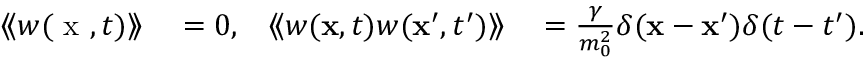
\begin{array} { r l r l } { \left\langle \! \left\langle w ( \textrm { x } , t ) \right\rangle \! \right\rangle } & { { } = 0 , } & { \left\langle \! \left\langle w ( \mathbf { x } , t ) w ( \mathbf { x } ^ { \prime } , { t ^ { \prime } } ) \right\rangle \! \right\rangle } & { { } = { \frac { \gamma } { m _ { 0 } ^ { 2 } } } \delta ( \mathbf { x } - \mathbf { x } ^ { \prime } ) \delta ( t - { t ^ { \prime } } ) . } \end{array}